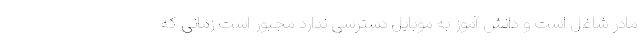
مادر شاغل است و دانش آموز به موبایل دسترسی ندارد مجبور است زمانی که